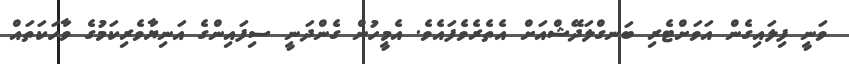
ވަނީ ފިލައިގެން އަވަށްޓެރި ބަނގްލަދޭޝްއަށް އެތެރެވެފައެވެ. އެމީހުން ގެންދަނީ ސިފައިންގެ އަނިޔާވެރިކަމުގެ ވާހަކަތައް